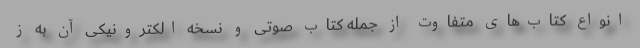
انواع کتاب‌های متفاوت از جمله کتاب صوتی و نسخه الکترونیکی آن به ز